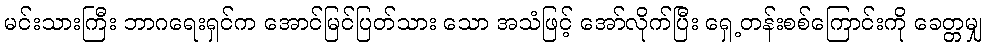
မင်းသားကြီး ဘာဂရေးရှင်က အောင်မြင်ပြတ်သား သော အသံဖြင့် အော်လိုက်ပြီး ရှေ့တန်းစစ်ကြောင်းကို ခေတ္တမျှ